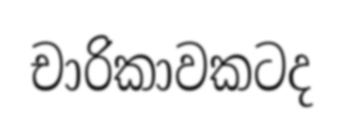
චාරිකාවකටද